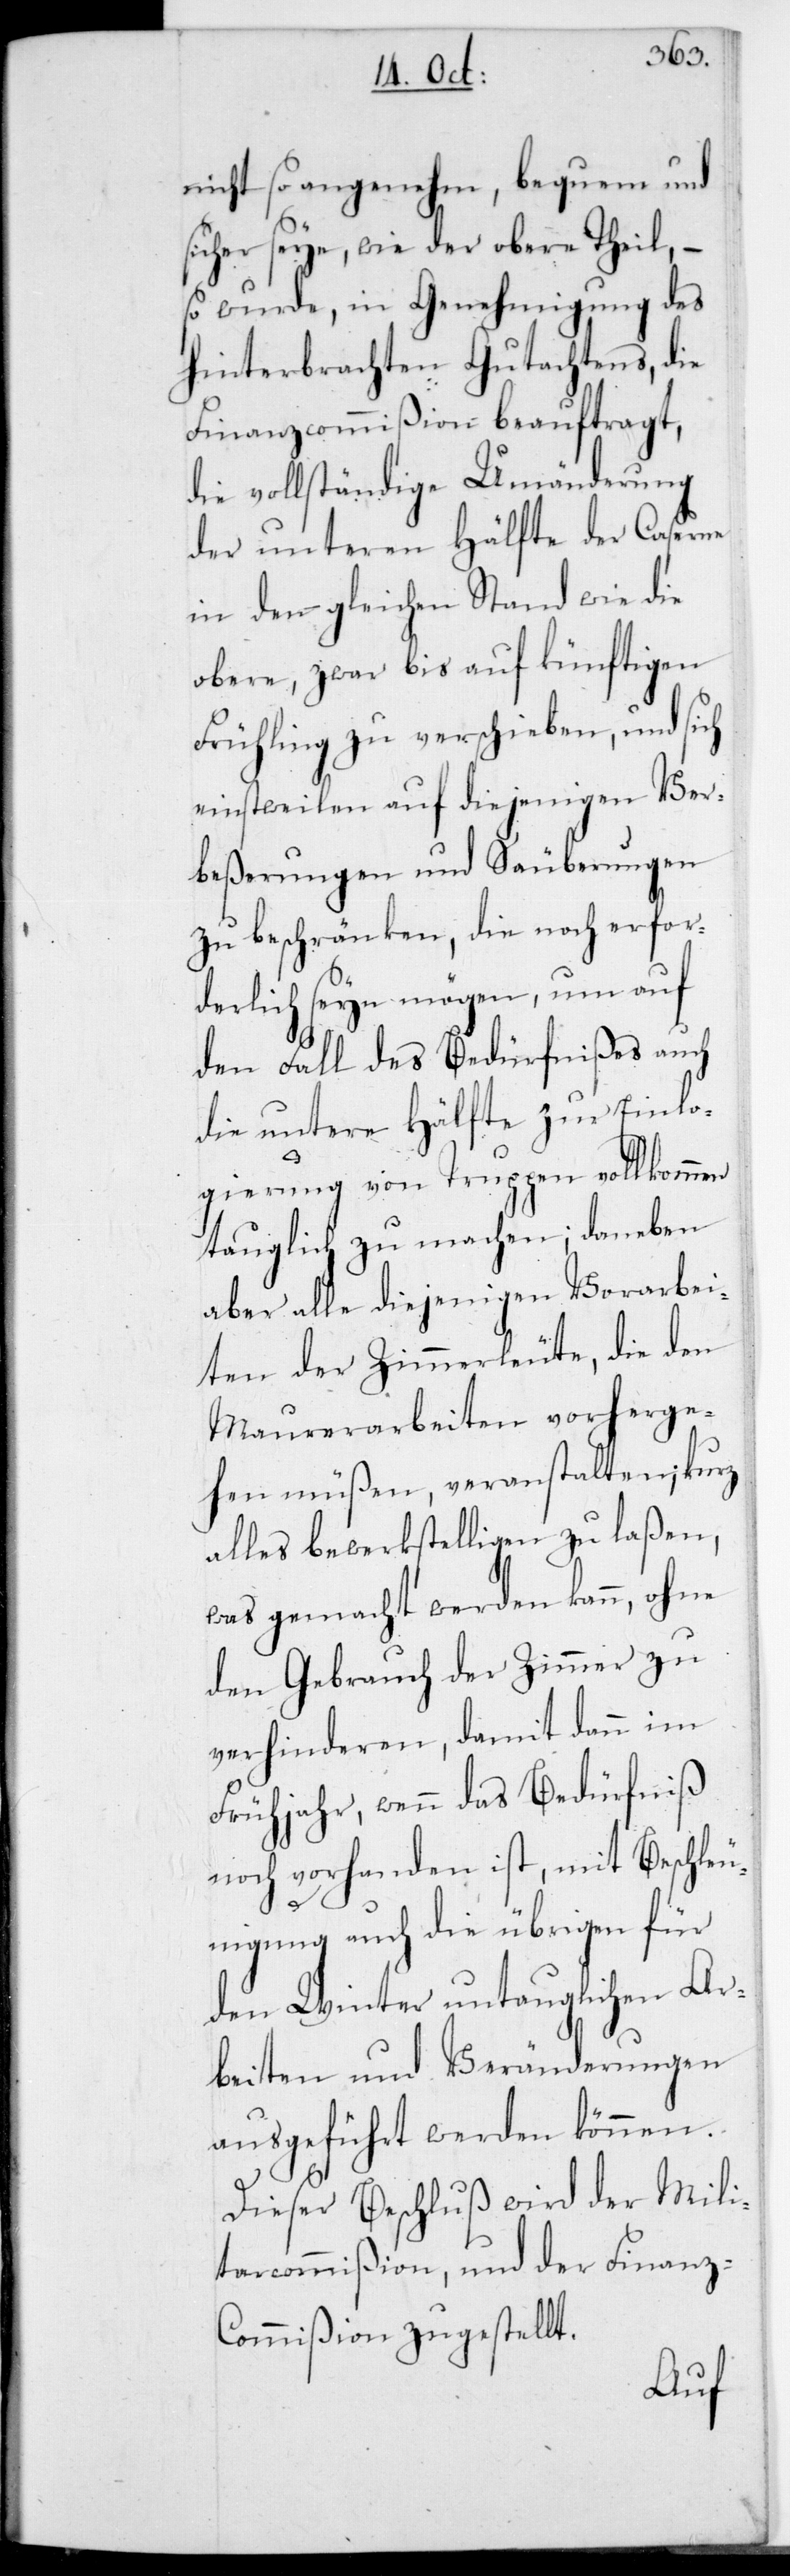
nicht so angenehm, bequem und
sicher seye, wie der obere Theil, –
so wurde in Genehmigung des
hinterbrachten Gutachtens, die
Finanzcommißion beauftragt,
die vollständige Umänderung
der unteren Hälfte der Caserne
in den gleichenStand wie die
obere, zwar bis auf künftigen
Frühling zu verschieben, und sich
einstweilen auf diejenigen Ver¬
beßerungen und Säuberungen
zu beschränken, die noch erfor¬
derlich seyn mögen, um auf
den Fall des Bedürfnißes auch
die untere Hälfte zur Einlo¬
gierung von Truppen vollkommen
tauglich zu machen; daneben
aber alle diejenigen Vorarbei¬
ten der Zimmerleute, die den
Maurerarbeiten vorherge¬
hen müßen, veranstalten; kurz
alles bewerkstelligen zu laßen,
was gemacht werden kann, ohne
den Gebrauch der Zimmer zu
verhinderen, damit dann im
Frühjahr, wenn das Bedürfniß
noch vorhanden ist, mit Beschleu¬
nigung auch die übrigen für
den Winter untauglichen Ar¬
beiten und Veränderungen
ausgeführt werden können.
Dieser Beschluß wird der Mili¬
tarcommißion und der Finanz-C¬
ommißion zugestellt.